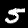
Label: 5